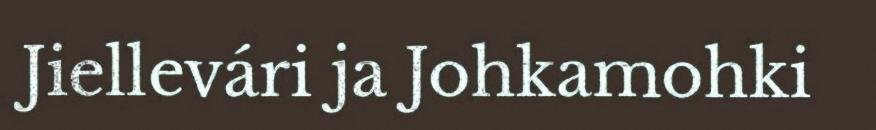
Jiellevári ja Johkamohki